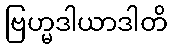
ဗြဟ္မဒါယာဒါတိ